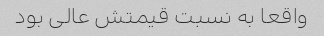
واقعا به نسبت قیمتش عالی بود